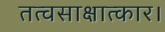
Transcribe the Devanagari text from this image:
तत्वसाक्षात्कार।